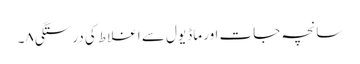
سانچہ جات اور ماڈیول سے اغلاط کی درستگی۸۔